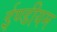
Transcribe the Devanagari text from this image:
ईण्डीयम